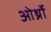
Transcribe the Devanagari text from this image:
ओर्थ्रो